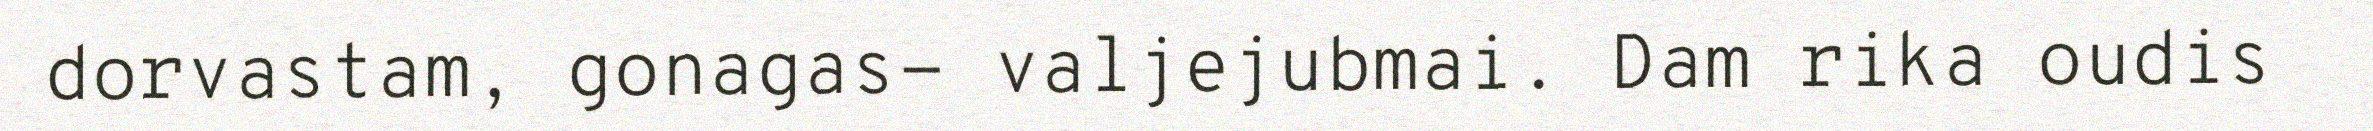
dorvastam, gonagas- valjejubmai. Dam rika oudis